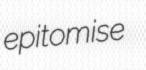
epitomise